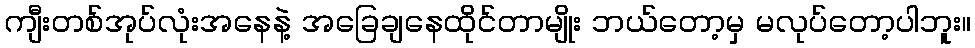
ကျီးတစ်အုပ်လုံးအနေနဲ့ အခြေချနေထိုင်တာမျိုး ဘယ်တော့မှ မလုပ်တော့ပါဘူး။